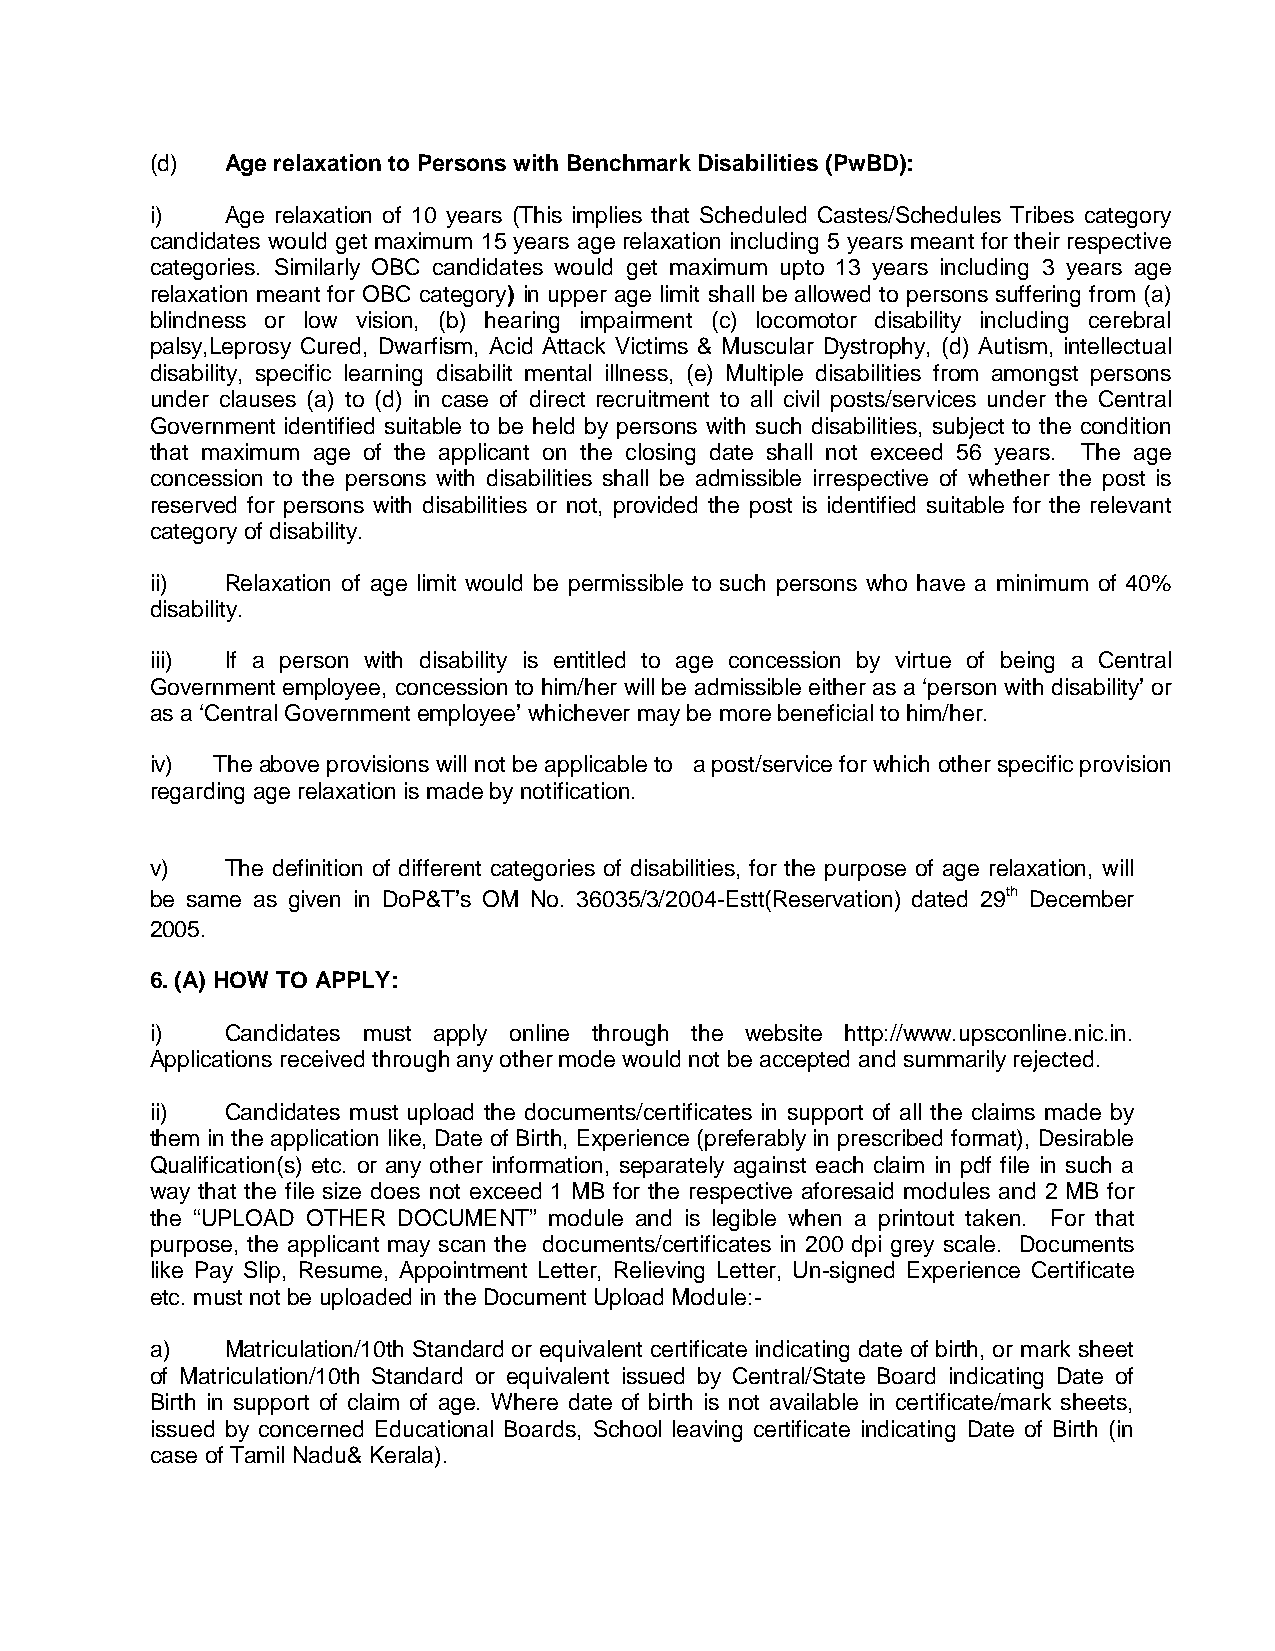
(d)  Age relaxation to Persons with Benchmark Disabilities (PwBD):
 i)   Age relaxation of 10 years (This implies that Scheduled Castes/Schedules Tribes category
 candidates would get maximum 15 years age relaxation including 5 years meant for their respective
 categories. Similarly OBC candidates would get maximum upto 13 years including 3 years age
 relaxation meant for OBC category) in upper age limit shall be allowed to persons suffering from (a)
 blindness or low vision, (b) hearing impairment (c) locomotor disability including cerebral
 palsy,Leprosy Cured, Dwarfism, Acid Attack Victims & Muscular Dystrophy, (d) Autism, intellectual
 disability, specific learning disabilit mental illness, (e) Multiple disabilities from amongst persons
 under clauses (a) to (d) in case of direct recruitment to all civil posts/services under the Central
 Government identified suitable to be held by persons with such disabilities, subject to the condition
 that maximum age of the applicant on the closing date shall not exceed 56 years. The age
 concession to the persons with disabilities shall be admissible irrespective of whether the post is
 reserved for persons with disabilities or not, provided the post is identified suitable for the relevant
 category of disability.
 ii)  Relaxation of age limit would be permissible to such persons who have a minimum of 40%
 disability.
 iii) If a person with disability is entitled to age concession by virtue of being a Central
 Government employee, concession to him/her will be admissible either as a ‘person with disability’ or
 as a ‘Central Government employee’ whichever may be more beneficial to him/her.
 iv) The above provisions will not be applicable to a post/service for which other specific provision
 regarding age relaxation is made by notification.
 v)   The definition of different categories of disabilities, for the purpose of age relaxation, will
 be same as given in DoP&T’s OM No. 36035/3/2004-Estt(Reservation) dated 29th December
 2005.
 6. (A) HOW TO APPLY:
 i)   Candidates must apply online through the website http://www.upsconline.nic.in.
 Applications received through any other mode would not be accepted and summarily rejected.
 ii)  Candidates must upload the documents/certificates in support of all the claims made by
 them in the application like, Date of Birth, Experience (preferably in prescribed format), Desirable
 Qualification(s) etc. or any other information, separately against each claim in pdf file in such a
 way that the file size does not exceed 1 MB for the respective aforesaid modules and 2 MB for
 the “UPLOAD OTHER DOCUMENT” module and is legible when a printout taken. For that
 purpose, the applicant may scan the documents/certificates in 200 dpi grey scale. Documents
 like Pay Slip, Resume, Appointment Letter, Relieving Letter, Un-signed Experience Certificate
 etc. must not be uploaded in the Document Upload Module:-
 a)   Matriculation/10th Standard or equivalent certificate indicating date of birth, or mark sheet
 of Matriculation/10th Standard or equivalent issued by Central/State Board indicating Date of
 Birth in support of claim of age. Where date of birth is not available in certificate/mark sheets,
 issued by concerned Educational Boards, School leaving certificate indicating Date of Birth (in
 case of Tamil Nadu& Kerala).